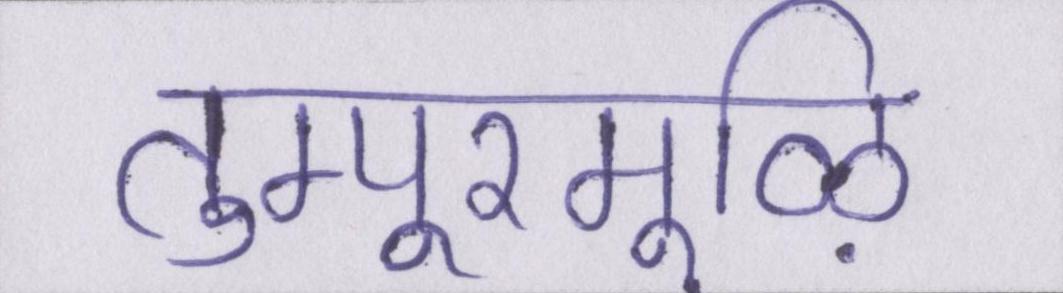
तुम्पूरमूऴि